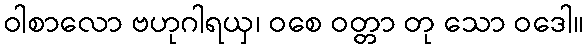
ဝါစာလော ဗဟုဂါရယှ၊ ဝစေ ဝတ္တာ တု သော ဝဒေါ။